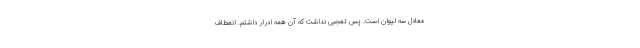
معادل سه لیوان است. پس تعجبی نداشت که آن همه ادرار داشتم. انعطاف‌